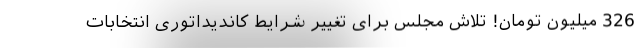
326 میلیون تومان! تلاش مجلس برای تغییر شرایط کاندیداتوری انتخابات